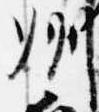
州